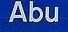
abu